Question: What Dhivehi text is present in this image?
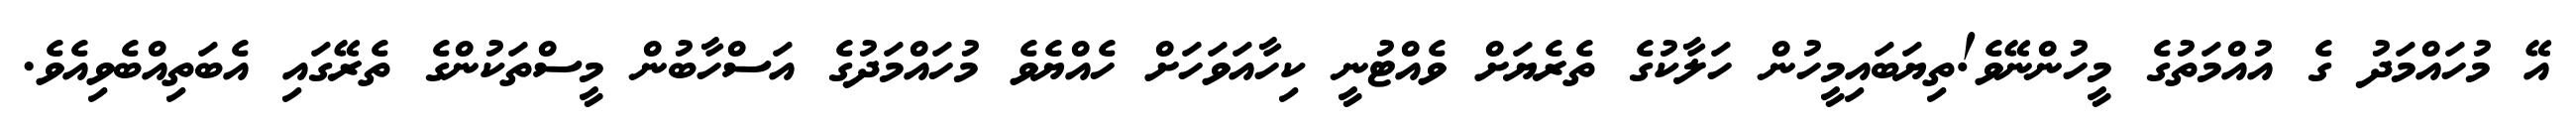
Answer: އޭ މުހައްމަދު ގެ އުއްމަތުގެ މީހުންނޭވެ!ތިޔަބައިމީހުން ހަލާކުގެ ތެރެޔަށް ވެއްޓުނީ ކިހާއަވަހަށް ހެއްޔެވެ މުހައްމަދުގެ އަސްހާބުން މީސްތަކުންގެ ތެރޭގައި އެބަތިއްބެވިއެވެ.